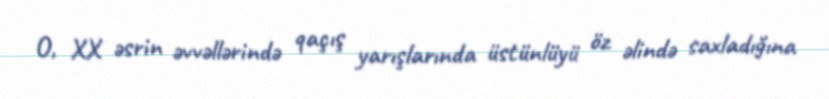
O, XX əsrin əvvəllərində qaçış yarışlarında üstünlüyü öz əlində saxladığına